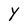
Character: Y